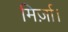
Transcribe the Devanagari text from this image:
मिर्ज़ा।